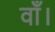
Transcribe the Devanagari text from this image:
वाँ।